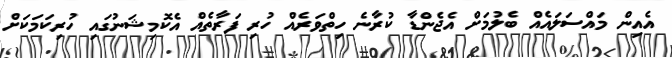
އެއިން މައްސަލައެއް ބެލުމަށް އެޖެންޑާ ކުރާނެ ހިތްވަރެއް ހުރި ފަރާތެއް އެކޮމިޝަނުގައި ހުރިކަމަކަށް